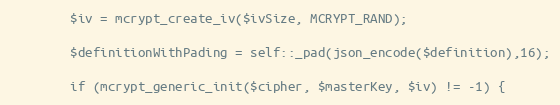
Language: PHP
        $iv = mcrypt_create_iv($ivSize, MCRYPT_RAND);

        $definitionWithPading = self::_pad(json_encode($definition),16);

        if (mcrypt_generic_init($cipher, $masterKey, $iv) != -1) {